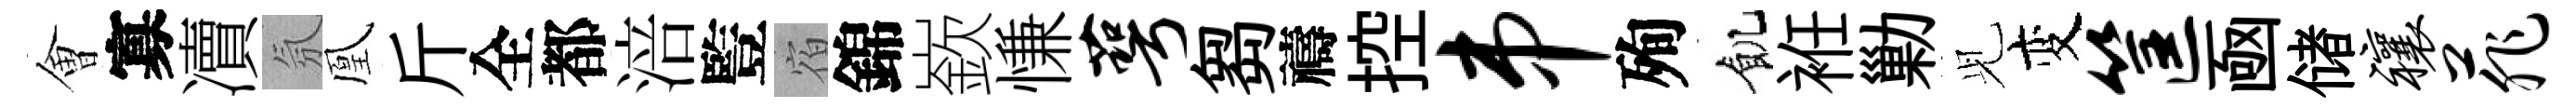
㑹寡凟氛凰斤全都涪䜿宿錦嶔慊萼芻禱控串殉飢袵勦𫤗变筐凾储禳菲